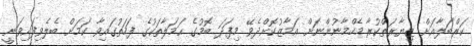
ކަރްބަލާއަށް ޒިޔާރަތްކުރާ މެހްމާނުންނަށް އަމާޒުކޮށްދެވޭ މިފަދަ ބޮމުގެ ޙަމަލާތަކުގެ ފަހަތުގައިވާ ކަމަށް ބެލެވިފައިވަނީ